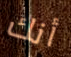
أنك